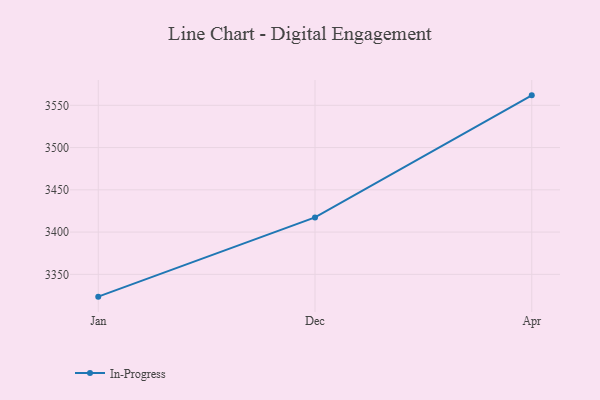
{"axis": {"x": "Month", "y": "Demand Index"}, "legend": ["In-Progress"], "data": [{"x": "Jan", "y": 3323.6, "type": "In-Progress"}, {"x": "Dec", "y": 3417.4, "type": "In-Progress"}, {"x": "Apr", "y": 3561.8, "type": "In-Progress"}]}